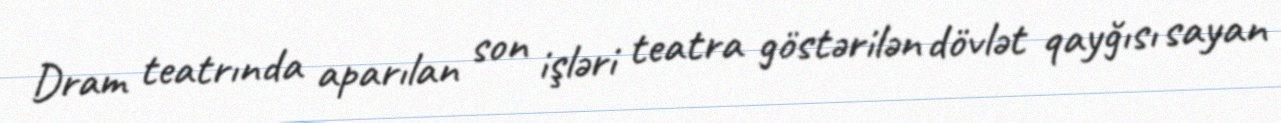
Dram teatrında aparılan son işləri teatra göstərilən dövlət qayğısı sayan